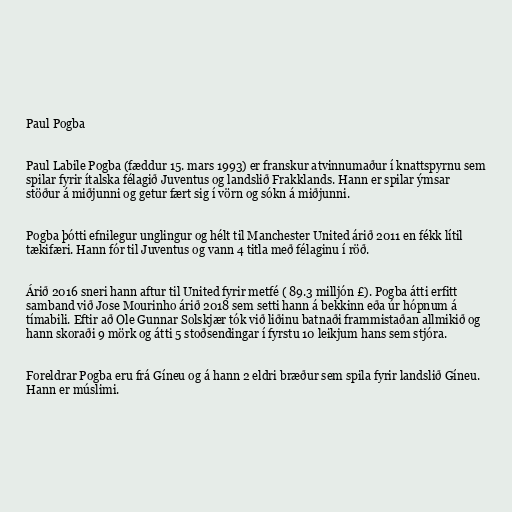
Paul Pogba

Paul Labile Pogba (fæddur 15. mars 1993) er franskur atvinnumaður í knattspyrnu sem
spilar fyrir ítalska félagið Juventus og landslið Frakklands. Hann er spilar ýmsar
stöður á miðjunni og getur fært sig í vörn og sókn á miðjunni.

Pogba þótti efnilegur unglingur og hélt til Manchester United árið 2011 en fékk lítil
tækifæri. Hann fór til Juventus og vann 4 titla með félaginu í röð.

Árið 2016 sneri hann aftur til United fyrir metfé ( 89.3 milljón £). Pogba átti erfitt
samband við Jose Mourinho árið 2018 sem setti hann á bekkinn eða úr hópnum á
tímabili. Eftir að Ole Gunnar Solskjær tók við liðinu batnaði frammistaðan allmikið og
hann skoraði 9 mörk og átti 5 stoðsendingar í fyrstu 10 leikjum hans sem stjóra.

Foreldrar Pogba eru frá Gíneu og á hann 2 eldri bræður sem spila fyrir landslið Gíneu.
Hann er múslimi.